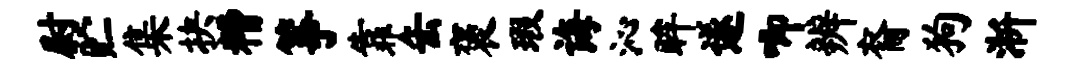
尉贮集抉糟筝靠缶褒瑕诲沁眸遂唧辨裔狗淅